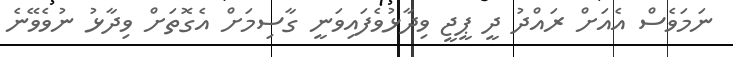
ނަމަވެސް އެއަށް ރައްދު ދީ ޕީޖީ ވިދާޅުވެފައިވަނީ ގާސިމަށް އެގޮތަށް ވިދާޅު ނުވެވޭނެ